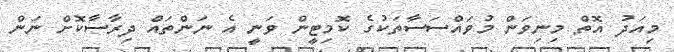
މިއަދު އޮތް މިނިވަން މުވައްސަސާތަކުގެ ކޮމިޓީން ވަނީ އެ ނަންތައް ދިރާސާކޮށް ނަން